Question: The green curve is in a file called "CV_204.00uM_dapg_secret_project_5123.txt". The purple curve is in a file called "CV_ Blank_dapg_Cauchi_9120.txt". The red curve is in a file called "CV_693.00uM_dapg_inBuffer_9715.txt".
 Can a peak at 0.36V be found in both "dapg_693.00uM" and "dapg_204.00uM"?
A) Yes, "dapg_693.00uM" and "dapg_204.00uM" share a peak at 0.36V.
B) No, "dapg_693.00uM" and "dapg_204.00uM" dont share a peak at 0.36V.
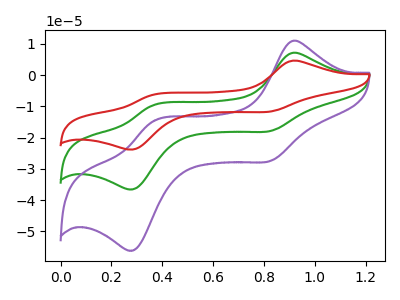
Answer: <think>The green curve "dapg_204.00uM" has anodic peaks at (0.90V, 7.10uA) (0.35V, -9.65uA) and cathodic peaks at (0.85V, -17.85uA) (0.30V, -36.45uA). The purple curve "dapg_ Blank" has anodic peaks at (0.90V, 10.95uA) (0.35V, -14.80uA) and cathodic peaks at (0.85V, -27.40uA) (0.30V, -56.00uA). The red curve "dapg_693.00uM" has anodic peaks at (0.90V, 14.25uA) (0.35V, -19.30uA) and cathodic peaks at (0.85V, -35.70uA) (0.30V, -72.90uA).</think>
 <answer>A) Yes, "dapg_693.00uM" and "dapg_204.00uM" share a peak at 0.36V.</answer>
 <eval>A</eval>